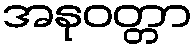
အနုဝတ္တာ